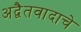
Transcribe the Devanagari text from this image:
अद्वैतवादाचे